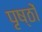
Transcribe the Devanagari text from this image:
पृष्‍ठों